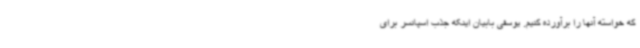
که خواسته آنها را برآورده کنیم. یوسفی بابیان اینکه جذب اسپانسر برای